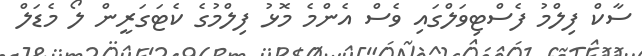
ސާކް ފިލްމު ފެސްޓިވަލްގައި ވެސް އެންމެ މޮޅު ފިލްމުގެ ކެޓަގަރީން ލޯ މެޑަލް